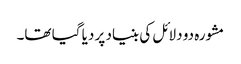
مشورہ دو دلائل کی بنیاد پر دیا گیا تھا۔